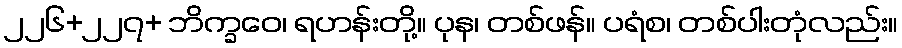
၂၂၆+၂၂၇+ ဘိက္ခဝေ၊ ရဟန်းတို့။ ပုန၊ တစ်ဖန်။ ပရံစ၊ တစ်ပါးတုံလည်း။